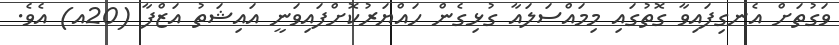
ވަގުތަށް އެނގިފައިވާ ގޮތުގައި މިމައްސަލައާ ގުޅިގެން ހައްޔަރުކޮށްފައިވަނީ އައިޝަތު އަޒްފާ (20އ) އެވެ.